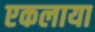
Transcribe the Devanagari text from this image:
एकलाया